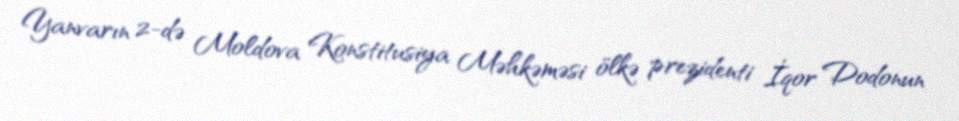
Yanvarın 2-də Moldova Konstitusiya Məhkəməsi ölkə prezidenti İqor Dodonun